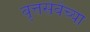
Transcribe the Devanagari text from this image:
वृत्तसेवेच्या